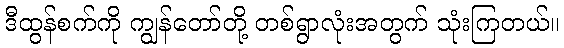
ဒီထွန်စက်ကို ကျွန်တော်တို့ တစ်ရွာလုံးအတွက် သုံးကြတယ်။